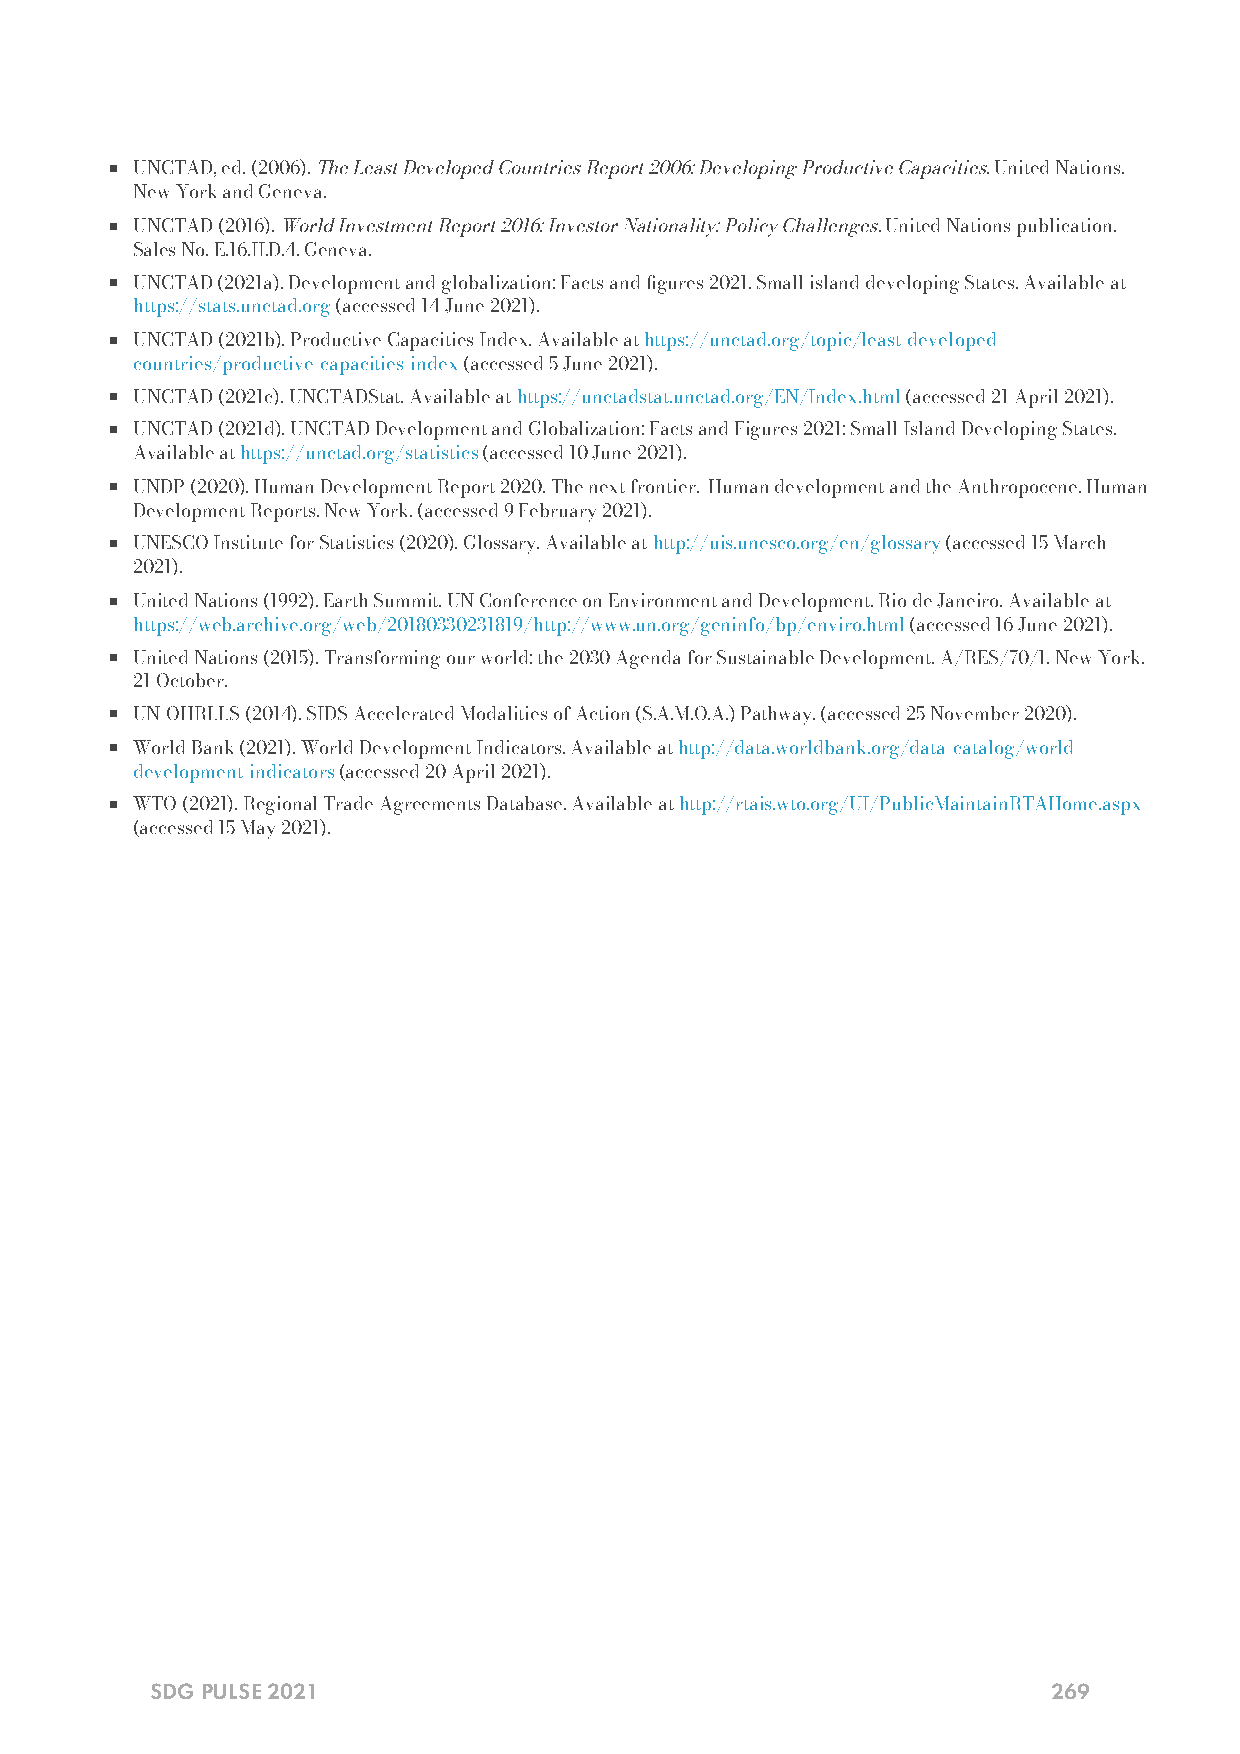
UNCTAD, ed. (2006). The Least Developed Countries Report 2006: Developing Productive Capacities. United Nations.
 New York and Geneva.
 UNCTAD (2016). World Investment Report 2016: Investor Nationality: Policy Challenges. United Nations publication.
 Sales No. E.16.II.D.4. Geneva.
 UNCTAD (2021a). Development and globalization: Facts and gures 2021. Small island developing States. Available at
 https://stats.unctad.org (accessed 14 June 2021).
 UNCTAD (2021b). Productive Capacities Index. Available at https://unctad.org/topic/least-developed-
 countries/productive-capacities-index (accessed 5 June 2021).
 UNCTAD (2021c). UNCTADStat. Available at https://unctadstat.unctad.org/EN/Index.html (accessed 21 April 2021).
 UNCTAD (2021d). UNCTAD Development and Globalization: Facts and Figures 2021: Small Island Developing States.
 Available at https://unctad.org/statistics (accessed 10 June 2021).
 UNDP (2020). Human Development Report 2020. The next frontier. Human development and the Anthropocene. Human
 Development Reports. New York. (accessed 9 February 2021).
 UNESCO Institute for Statistics (2020). Glossary. Available at http://uis.unesco.org/en/glossary (accessed 15 March
 2021).
 United Nations (1992). Earth Summit. UN Conference on Environment and Development. Rio de Janeiro. Available at
 https://web.archive.org/web/20180330231819/http://www.un.org/geninfo/bp/enviro.html (accessed 16 June 2021).
 United Nations (2015). Transforming our world: the 2030 Agenda for Sustainable Development. A/RES/70/1. New York.
 21 October.
 UN-OHRLLS (2014). SIDS Accelerated Modalities of Action (S.A.M.O.A.) Pathway. (accessed 25 November 2020).
 World Bank (2021). World Development Indicators. Available at http://data.worldbank.org/data-catalog/world-
 development-indicators (accessed 20 April 2021).
 WTO (2021). Regional Trade Agreements Database. Available at http://rtais.wto.org/UI/PublicMaintainRTAHome.aspx
 (accessed 15 May 2021).
 SDG PULSE 2021                                              269